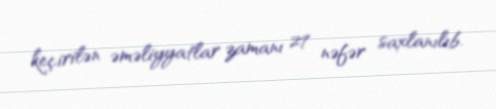
keçirilən əməliyyatlar zamanı 27 nəfər saxlanılıb.